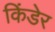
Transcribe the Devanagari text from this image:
किंडेर